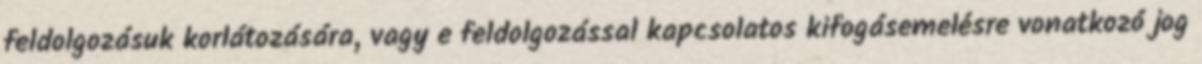
feldolgozásuk korlátozására, vagy e feldolgozással kapcsolatos kifogásemelésre vonatkozó jog